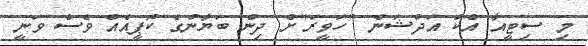
މި ސިޓީއާ އެކު އަދުޝަން "ހަވީރަ"ށް ދިން ބަޔާނުގެ ކޮޕީއެއް ވެސް ވަނީ